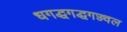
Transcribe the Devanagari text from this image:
धगद्धगद्धगज्ज्वल